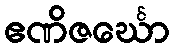
ဧဏိဇင်္ဃော